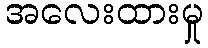
အလေးထားမှု